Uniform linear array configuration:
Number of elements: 8
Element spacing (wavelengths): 1
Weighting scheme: kaiser
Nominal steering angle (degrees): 15
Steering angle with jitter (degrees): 16.747
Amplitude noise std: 0.05
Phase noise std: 0.05

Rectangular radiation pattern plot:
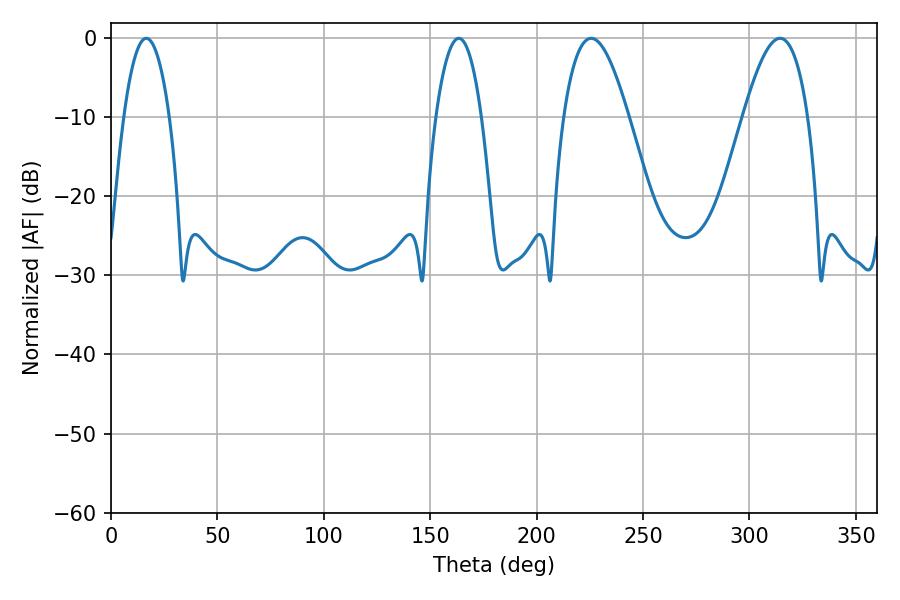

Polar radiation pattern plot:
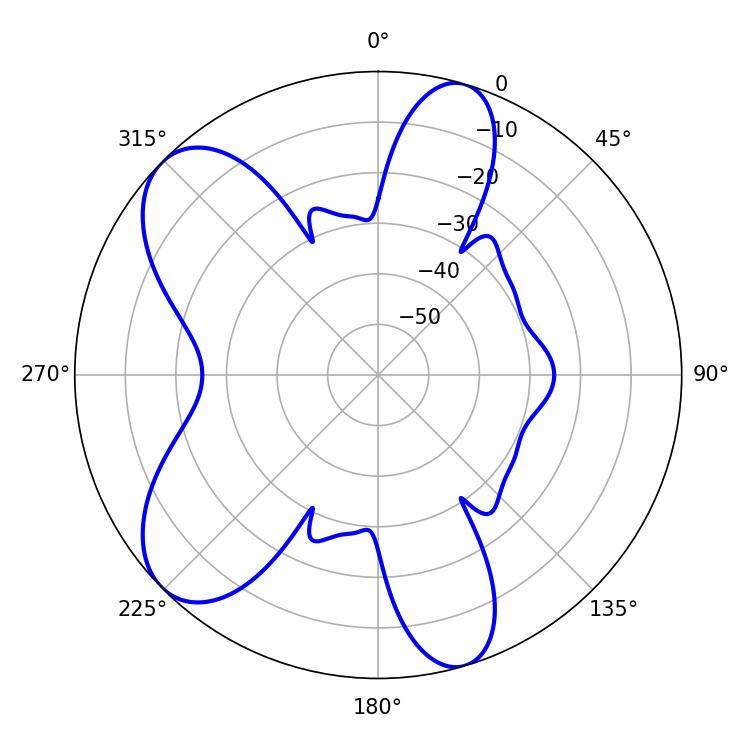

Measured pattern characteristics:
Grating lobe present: TRUE
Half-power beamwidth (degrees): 11.88
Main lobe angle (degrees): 16.56